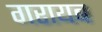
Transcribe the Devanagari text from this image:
गरायब